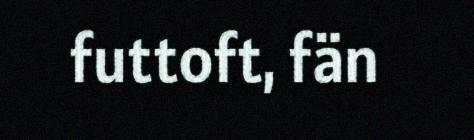
futtoft, fän